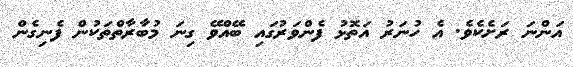
އަންނަ ރަށެކެވެ. އެ ހުނަރު އަތޮޅު ފެންވަރުގައި ބޭއްވޭ ގިނަ މުބާރާތްތަކުން ފެނިގެން